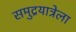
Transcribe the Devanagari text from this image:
समुद्रयात्रेला